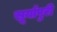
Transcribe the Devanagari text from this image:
सूर्यापुरी